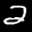
Label: 2